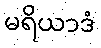
မရိယာဒံ